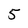
Character: 5